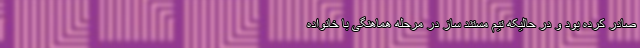
صادر کرده بود و در حالیکه تیم مستند ساز در مرحله هماهنگی با خانواده